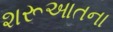
શરૂઆતના